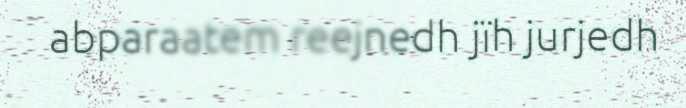
abparaatem reejnedh jïh jurjedh